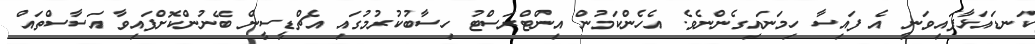
ކަނޑައަޅާފައިވަނީ އެ ފައިސާ ހިމަނައިގެންނެވެ. އެހެންކަމުން އިންޓްރަސްޓު ހިސާބުކުރުމުގައި އެޗްޑީސީން ބޭނުންކޮށްފައިވާ އަސާސްތައް